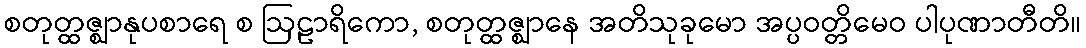
စတုတ္ထဇ္ဈာနုပစာရေ စ ဩဠာရိကော, စတုတ္ထဇ္ဈာနေ အတိသုခုမော အပ္ပဝတ္တိမေဝ ပါပုဏာတီတိ။